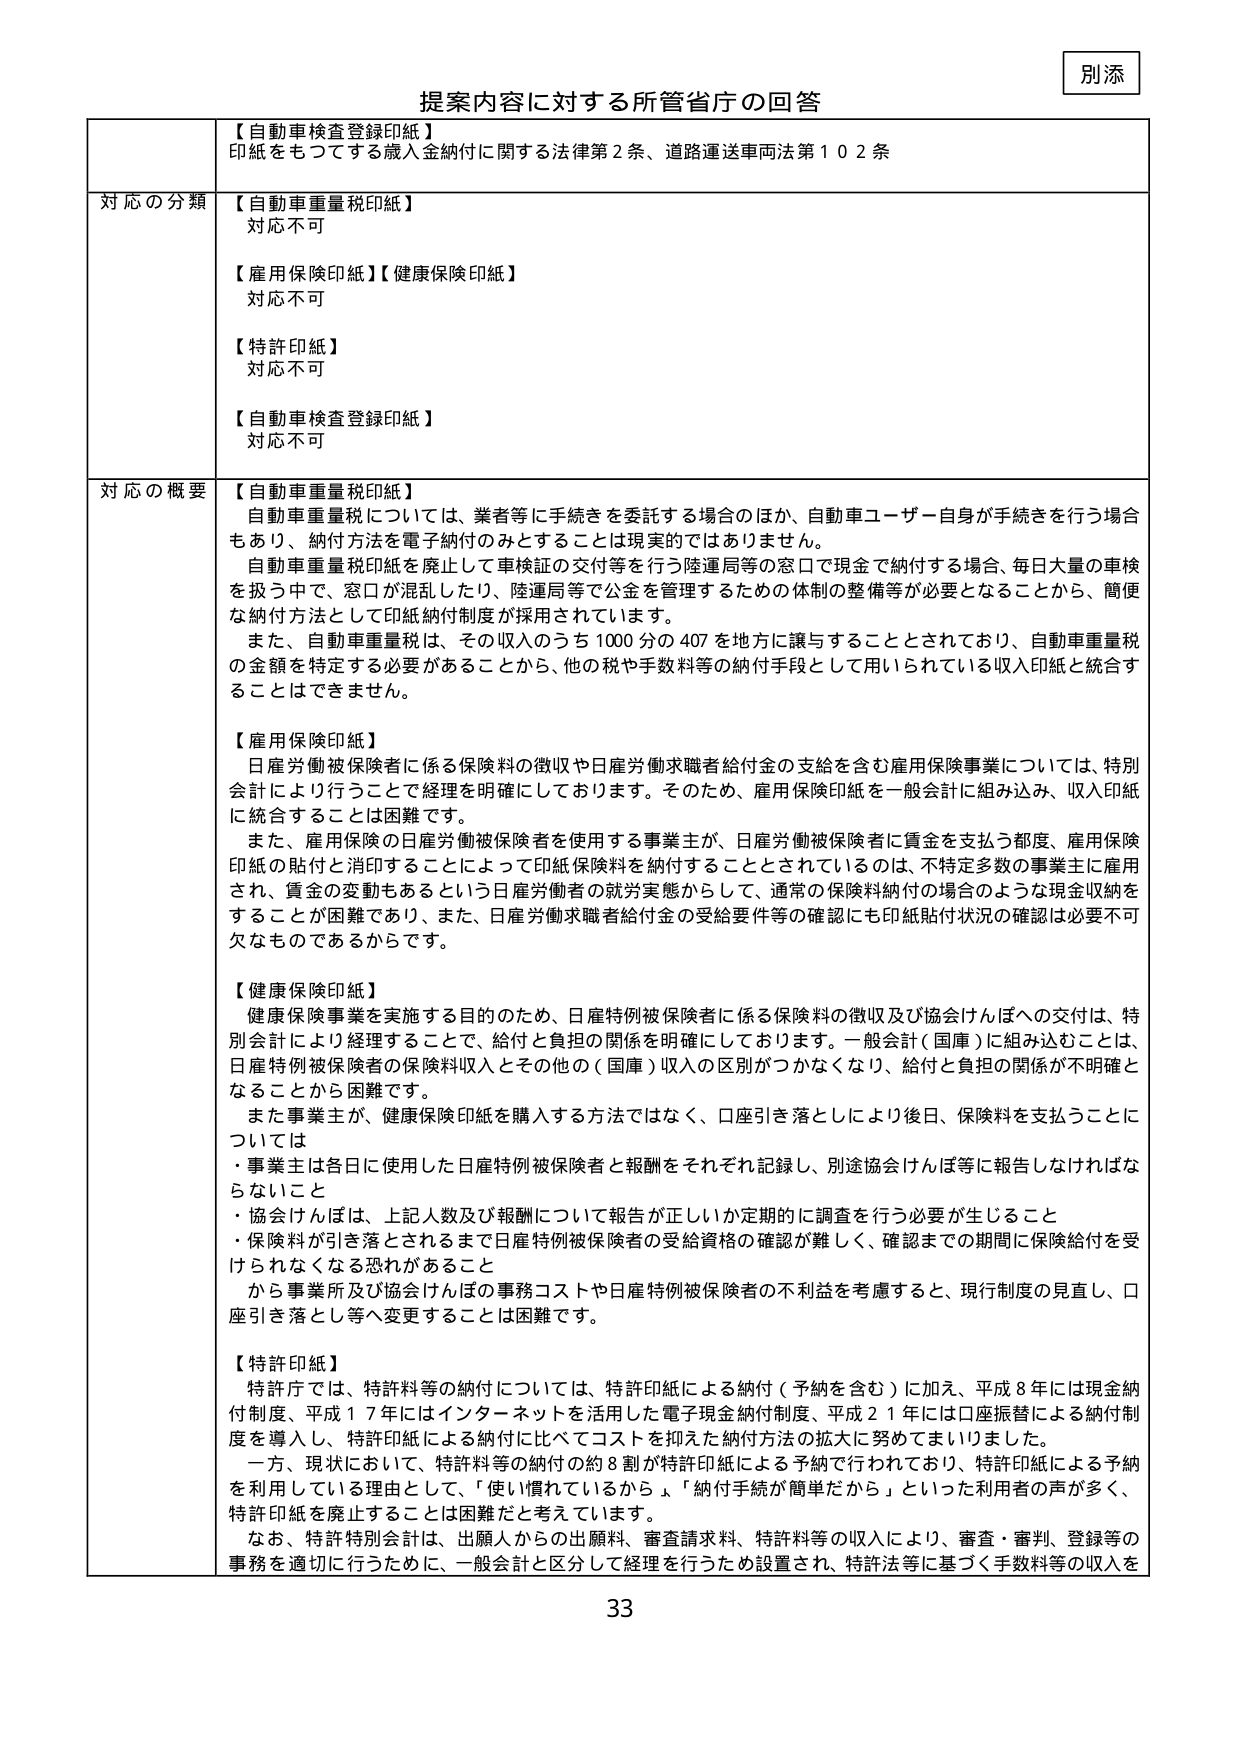
別添

提案内容に対する所管省庁の回答

【自動車検査登録印紙】
印紙をもつてする歳入金納付に関する法律第2条、道路運送車両法第102条

対応の分類
【自動車重量税印紙】
対応不可

【雇用保険印紙】【健康保険印紙】
対応不可

【特許印紙】
対応不可

【自動車検査登録印紙】
対応不可

対応の概要
【自動車重量税印紙】
自動車重量税については、業者等に手続きを委託する場合のほか、自動車ユーザー自身が手続きを行う場合もあり、納付方法を電子納付のみとすることは現実的ではありません。
自動車重量税印紙を廃止して車検証の交付等を行う陸運局等の窓口で現金で納付する場合、毎日大量の車検を扱う中で、窓口が混乱したり、陸運局等で公金を管理するための体制の整備等が必要となることから、簡便な納付方法として印紙納付制度が採用されています。
また、自動車重量税は、その収入のうち1000分の407を地方に譲与することとされており、自動車重量税の金額を特定する必要があることから、他の税や手数料等の納付手段として用いられている収入印紙と統合することはできません。

【雇用保険印紙】
日雇労働被保険者に係る保険料の徴収や日雇労働求職者給付金の支給を含む雇用保険事業については、特別会計により行うことで経理を明確にしております。そのため、雇用保険印紙を一般会計に組み込み、収入印紙に統合することは困難です。
また、雇用保険の日雇労働被保険者を使用する事業主が、日雇労働被保険者に賃金を支払う都度、雇用保険印紙の貼付と消印することによって印紙保険料を納付することとされているのは、不特定多数の事業主に雇用され、賃金の変動もあるという日雇労働者の就労実態からして、通常の保険料納付の場合のような現金収納をすることが困難であり、また、日雇労働求職者給付金の受給要件等の確認にも印紙貼付状況の確認は必要不可欠なものであるからです。

【健康保険印紙】
健康保険事業を実施する目的のため、日雇特例被保険者に係る保険料の徴収及び協会けんぽへの交付は、特別会計により経理することで、給付と負担の関係を明確にしております。一般会計（国庫）に組み込むことは、日雇特例被保険者の保険料収入とその他の（国庫）収入の区別がつかなくなり、給付と負担の関係が不明確となることから困難です。
また事業主が、健康保険印紙を購入する方法ではなく、口座引き落としにより後日、保険料を支払うことについては
・事業主は各日に使用した日雇特例被保険者と報酬をそれぞれ記録し、別途協会けんぽ等に報告しなければならないこと
・協会けんぽは、上記人数及び報酬について報告が正しか定期的に調査を行う必要が生じること
・保険料が引き落とされるまで日雇特例被保険者の受給資格の確認が難しく、確認までの期間に保険給付を受けられなくなる恐れがあること
から事業所及び協会けんぽの事務コストや日雇特例被保険者の不利益を考慮すると、現行制度の見直し、口座引き落とし等へ変更することは困難です。

【特許印紙】
特許庁では、特許料等の納付については、特許印紙による納付（予納を含む）に加え、平成8年には現金納付制度、平成17年にはインターネットを活用した電子現金納付制度、平成21年には口座振替による納付制度を導入し、特許印紙による納付に比べてコストを抑えた納付方法の拡大に努めてまいりました。
一方、現状において、特許料等の納付の約8割が特許印紙による予納で行われており、特許印紙による予納を利用している理由として、「使い慣れているから」、「納付手続が簡単だから」といった利用者の声が多く、特許印紙を廃止することは困難だと考えています。
なお、特許特別会計は、出願人からの出願料、審査請求料、特許料等の収入により、審査・審判、登録等の事務を適切に行うために、一般会計と区分して経理を行うため設置され、特許法等に基づく手数料等の収入を

33